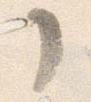
了